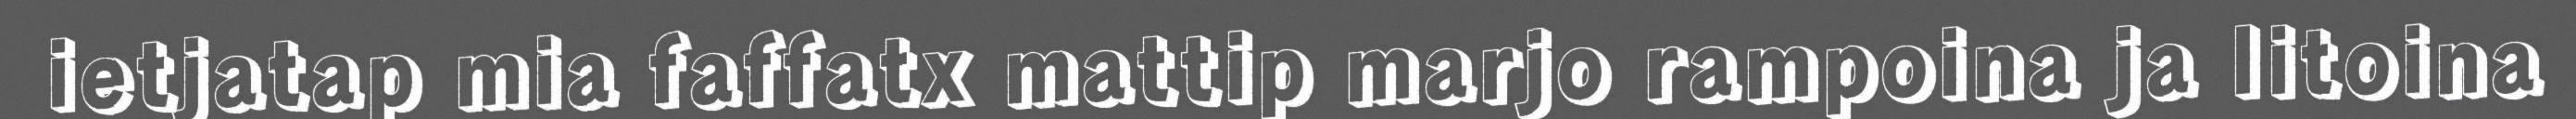
ietjatap mia faffatx mattip marjo rampoina ja Iitoina